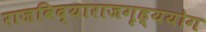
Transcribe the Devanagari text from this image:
राजविद्याराजगृह्ययोग